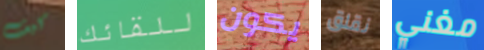
كيف للقائك يكون نقلق مغني